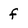
Character: f